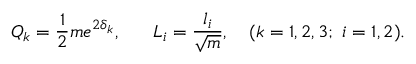
{ \cal Q } _ { k } = { \frac { 1 } { 2 } } m e ^ { 2 \delta _ { k } } , \ \ \ \ \ L _ { i } = { \frac { l _ { i } } { \sqrt { m } } } , \ \ \ ( k = 1 , 2 , 3 ; \ i = 1 , 2 ) .